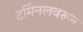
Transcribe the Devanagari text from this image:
टर्मिनलवरून